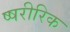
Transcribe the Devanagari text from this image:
ष्षरीरिक